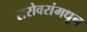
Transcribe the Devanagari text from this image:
सरोवरांमधून